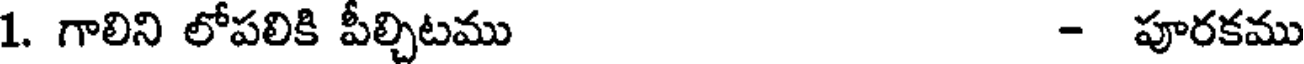
1. గాలిని లోపలికి పీల్చిటము - పూరకము